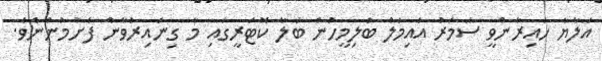
އަލާޔާ ހައިރާންވީ ސަމަރު އައިމަލް ބަލިމީހުން ބަލާ ކޮޓަރީގައި މާ ގިނައިރުވާން ފެށުމުންނެވެ.